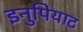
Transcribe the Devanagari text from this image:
इनुपियाट